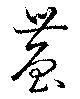
農